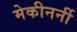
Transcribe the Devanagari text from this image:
मेकीनर्नी